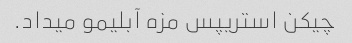
چیکن استریپس مزه آبلیمو میداد.